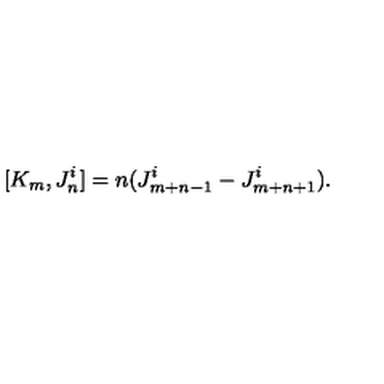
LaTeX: [ K _ { m } , J _ { n } ^ { i } ] = n ( J _ { m + n - 1 } ^ { i } - J _ { m + n + 1 } ^ { i } ) .